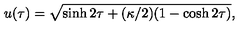
u ( \tau ) = \sqrt { \sinh { 2 \tau } + ( \kappa / 2 ) ( 1 - \cosh { 2 \tau } ) } ,